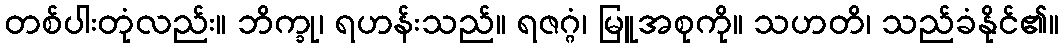
တစ်ပါးတုံလည်း။ ဘိက္ခု၊ ရဟန်းသည်။ ရဇဂ္ဂံ၊ မြူအစုကို။ သဟတိ၊ သည်ခံနိုင်၏။